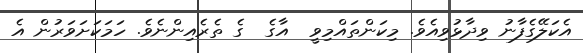
އެކަލޭގެފާނު ވިދާޅުވިއެވެ. މިކަންތައްމިވީ  އާގެ  ގެ ތެރެއިންނެވެ. ހަމަކަށަވަރުން އެ